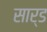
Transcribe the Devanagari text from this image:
सार्ड